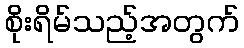
စိုးရိမ်သည့်အတွက်